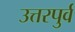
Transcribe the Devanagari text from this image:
उत्तरपुर्व